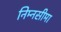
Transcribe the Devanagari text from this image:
निम्नसीमा